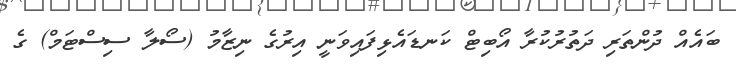
ބައެއް ދުންތަރި ދަތުރުކުރާ އޯބިޓް ކަނޑައެޅިފައިވަނީ އިރުގެ ނިޒާމު (ސޯލާ ސިސްޓަމް) ގެ